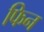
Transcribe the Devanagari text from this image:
फिन